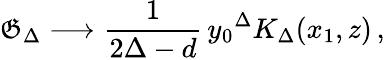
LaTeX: \mathfrak{G}_{\Delta}\longrightarrow\frac{{1}}{{2\Delta-d}}\, {y_{0}}^{\Delta}K_{\Delta}(x_{1},z)\, ,